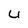
Character: U